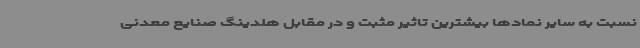
نسبت به سایر نمادها بیشترین تاثیر مثبت و در مقابل هلدینگ صنایع معدنی